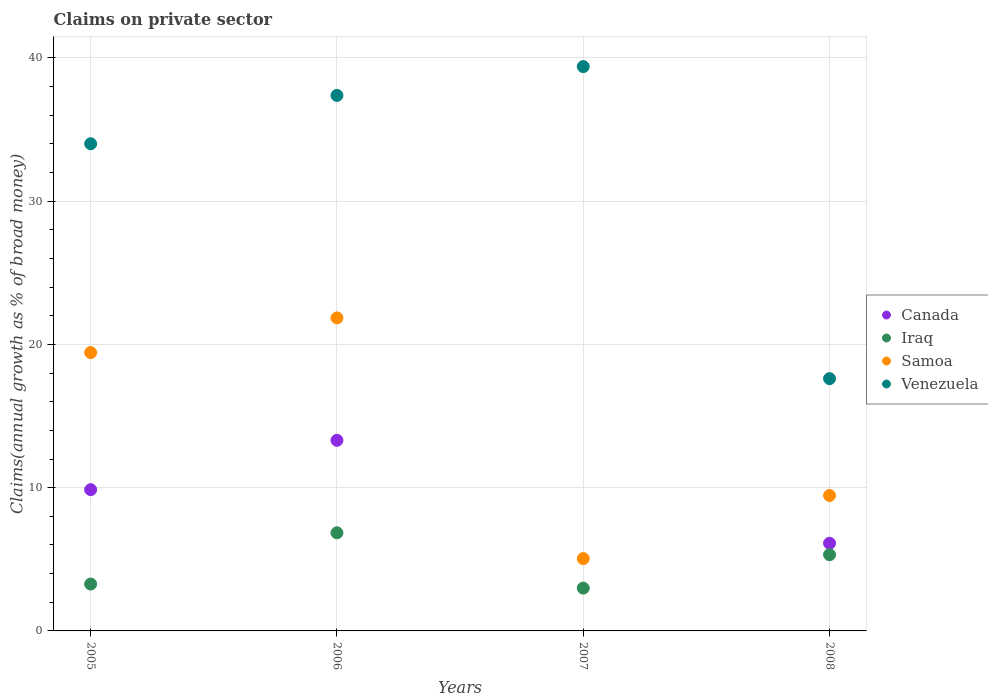
| Years | Canada | Iraq | Samoa | Venezuela |
 | --- | --- | --- | --- | --- |
 | 2005 | 9.86 | 3.27 | 19.4 | 34 |
 | 2006 | 13.3 | 6.85 | 21.8 | 37.4 |
 | 2007 | -2.48 | 2.99 | 5.05 | 39.4 |
 | 2008 | 6.12 | 5.32 | 9.45 | 17.6 |